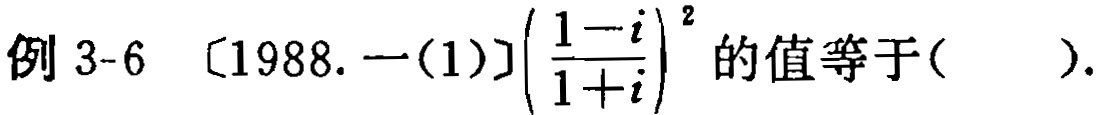
例 3-6 〔1988. 一(1)〕$\left(\dfrac{1 - i}{1 + i}\right)^{2}$的值等于( ).